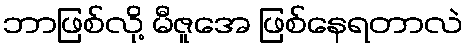
ဘာဖြစ်လို့ မီဇူအေ ဖြစ်နေရတာလဲ